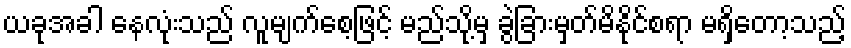
ယခုအခါ နေလုံးသည် လူမျက်စေ့ဖြင့် မည်သို့မှ ခွဲခြားမှတ်မိနိုင်စရာ မရှိတော့သည့်